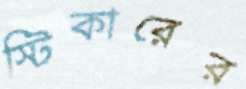
স্টিকারের